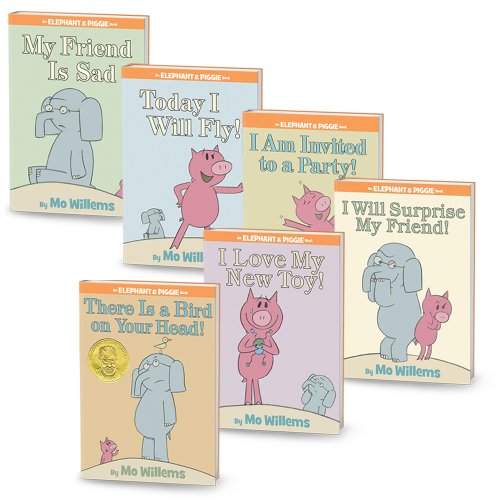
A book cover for Elephant & Piggie Bundle; Mo Willems; Children's Books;